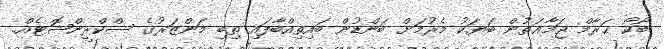
ބޯކޯ ޙަރާމް ޖަމާޢަތުން ބަޔަކު މެރުމަށް ބަންޑުން ބައިތިއްބާފައި ތިބި މަންޒަރުގެ ސްކްރީންޝޮޓެއް.